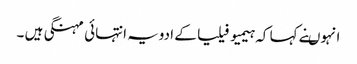
انہوںنے کہا کہ ہیمیو فیلیا کے ادویہ انتہائی مہنگی ہیں ۔